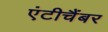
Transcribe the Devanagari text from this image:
एंटीचैंबर